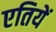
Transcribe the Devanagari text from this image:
एतियें